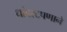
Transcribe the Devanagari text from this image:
धांदरटपणाने